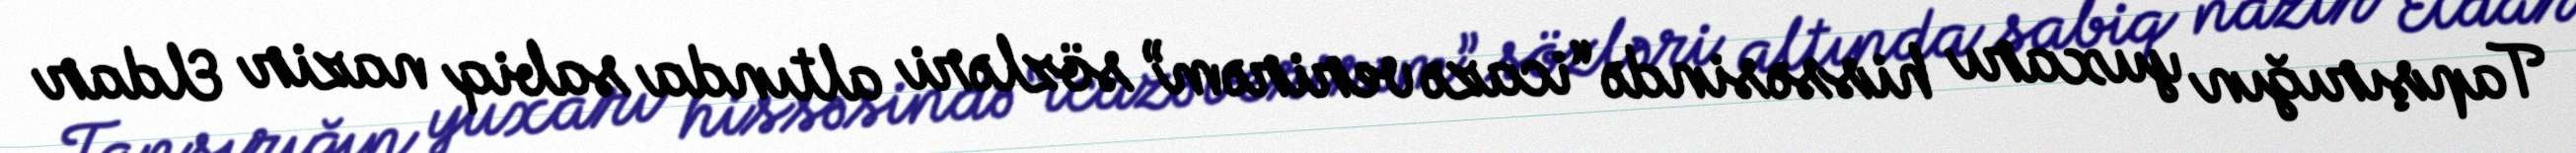
Tapşırığın yuxarı hissəsində “icazə verirəm” sözləri altında sabiq nazir Eldar